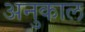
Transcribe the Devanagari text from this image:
अनुकाल